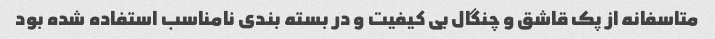
متاسفانه از پک قاشق و چنگال بی کیفیت و در بسته بندی نامناسب استفاده شده بود